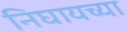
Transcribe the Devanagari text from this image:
निघायच्या